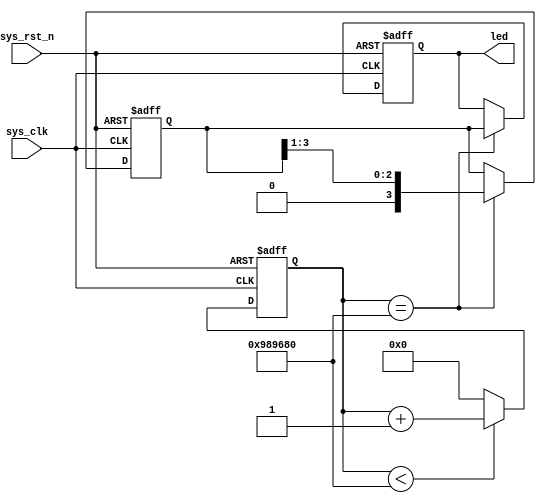
module flow_led(
    input               sys_clk  ,  //
    input               sys_rst_n,  //
	 
    output  reg  [3:0]  led         //4LED
);

//reg define
reg [23:0] counter;

//count define
reg [3:0] count;

//*****************************************************
//**                    main code
//
//RESET
//***************************************************** 
                                                                                                                                                                                                                         
//0.2
always @(posedge sys_clk or negedge sys_rst_n) begin
    if (!sys_rst_n)
        counter <= 1'b0;
    else if (counter < 24'd10000000)
        counter <= counter + 1'b1;
    else
        counter <= 24'd0;
end

//
always @(posedge sys_clk or negedge sys_rst_n) begin
    if (!sys_rst_n) begin
        led <= 4'b0000;
		  count <= 4'b1111;
    end
	 
    else if(counter == 24'd10000000) begin
		  led <= count;
		  count <= count >> 1'b1;
	 end 
	 
    else
        led <= led;
end

endmodule